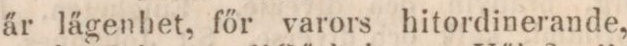
är lägenhet, főr varors hitordinerande,